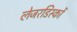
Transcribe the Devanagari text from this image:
लेजरडिस्कों